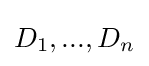
D_{1},...,D_{n}